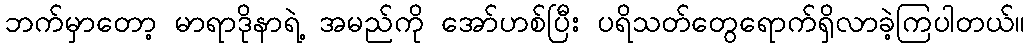
ဘက်မှာတော့ မာရာဒိုနာရဲ့ အမည်ကို အော်ဟစ်ပြီး ပရိသတ်တွေရောက်ရှိလာခဲ့ကြပါတယ်။